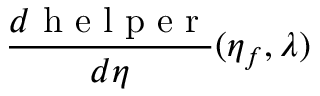
\frac { d \mathrm { ~ h ~ e ~ l ~ p ~ e ~ r ~ } } { d \eta } ( \eta _ { f } , \lambda )